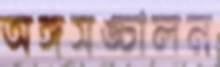
অঙ্গসঙ্চালন